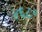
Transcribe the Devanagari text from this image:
४६८०